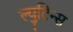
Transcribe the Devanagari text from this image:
ल्युटिन्स